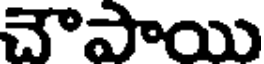
చౌపాయి